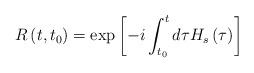
LaTeX: \begin{align*}R\left( t,t_{0}\right) =\exp \left[ -i\int_{t_{0}}^{t}d\tau H_{s}\left( \tau\right) \right] \end{align*}